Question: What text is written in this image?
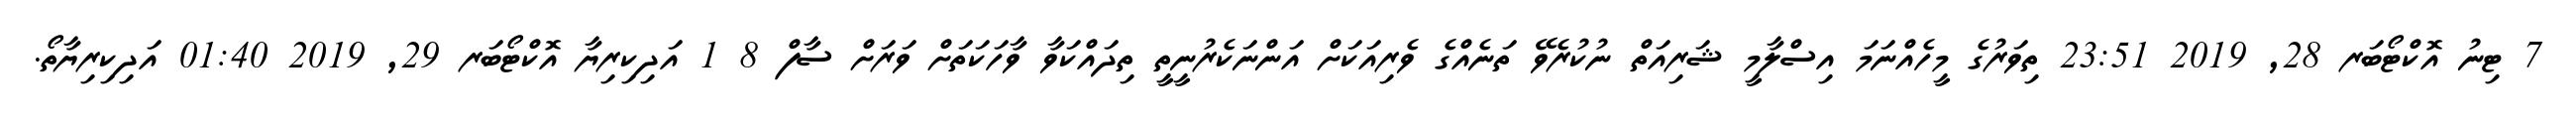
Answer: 7 ޓިނު އޮކްޓޯބަރ 28, 2019 23:51 ތިވަރުގެ މީހެއްނަމަ އިސްލާމީ ޝަރިއަތް ނުކުރެވޭ ތަނެއްގެ ވެރިއަކަށް އަންނަކެރުނީތީ ތިދައްކަވާ ވާހަކަތަށް ވަރަށް ސާފް 8 1 އަދިކިރިޔާ އޮކްޓޯބަރ 29, 2019 01:40 އަދިކިރިޔާތޯ.